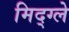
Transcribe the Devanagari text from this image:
मिद्ग्ले